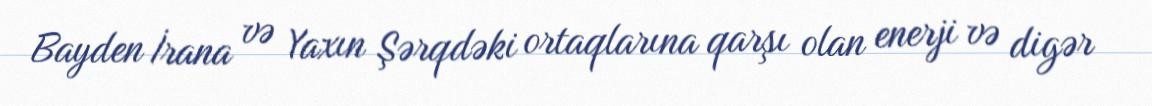
Bayden İrana və Yaxın Şərqdəki ortaqlarına qarşı olan enerji və digər